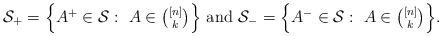
LaTeX: \begin{align*} \mbox{$\mathcal{S}_+ = \left\{ A^+ \in \mathcal{S}:\ A\in \binom{[n]}{k} \right\}$ and $\mathcal{S}_- = \left\{ A^- \in \mathcal{S}:\ A\in \binom{[n]}{k} \right\}$.} \end{align*}